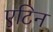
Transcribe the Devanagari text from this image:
एटिन